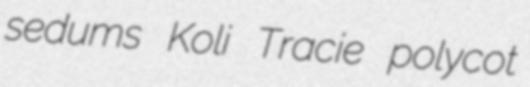
sedums Koli Tracie polycot